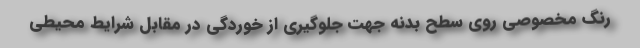
رنگ مخصوصی روی سطح بدنه جهت جلوگیری از خوردگی در مقابل شرایط محیطی